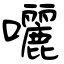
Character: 囇